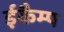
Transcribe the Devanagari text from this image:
ईकैम्प